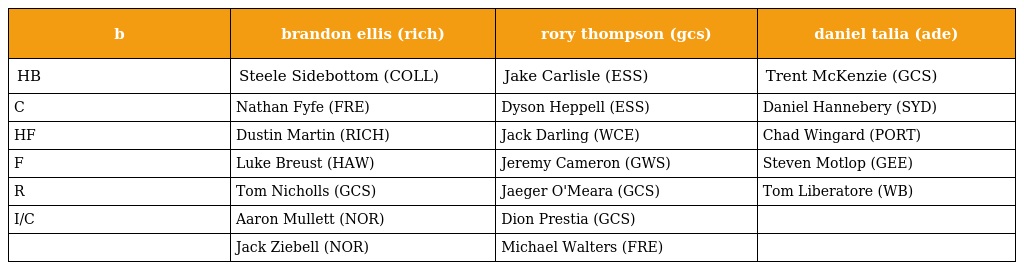
| b | brandon ellis (rich) | rory thompson (gcs) | daniel talia (ade) |
 | --- | --- | --- | --- |
 | HB | Steele Sidebottom (COLL) | Jake Carlisle (ESS) | Trent McKenzie (GCS) |
 | C | Nathan Fyfe (FRE) | Dyson Heppell (ESS) | Daniel Hannebery (SYD) |
 | HF | Dustin Martin (RICH) | Jack Darling (WCE) | Chad Wingard (PORT) |
 | F | Luke Breust (HAW) | Jeremy Cameron (GWS) | Steven Motlop (GEE) |
 | R | Tom Nicholls (GCS) | Jaeger O'Meara (GCS) | Tom Liberatore (WB) |
 | I/C | Aaron Mullett (NOR) | Dion Prestia (GCS) |  |
 |  | Jack Ziebell (NOR) | Michael Walters (FRE) |  |